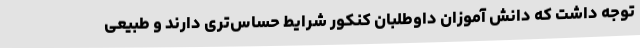
توجه داشت که دانش آموزان داوطلبان کنکور شرایط حساس‌تری دارند و طبیعی